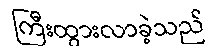
ကြီးထွားလာခဲ့သည်